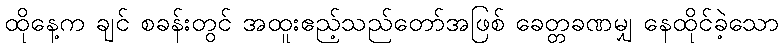
ထိုနေ့က ချင် စခန်းတွင် အထူးဧည့်သည်တော်အဖြစ် ခေတ္တခဏမျှ နေထိုင်ခဲ့သော